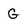
Character: G